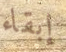
إبقاء